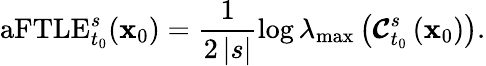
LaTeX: \mathrm{aFTLE}_{t_{0}}^{s}(\mathbf{x}_{0})=\frac{1}{2\left|s\right|}\log\lambda_{\mathrm{max}}\left(\boldsymbol{\mathcal{C}}_{t_{0}}^{s}\left(\mathbf{x}_{0}\right)\right).